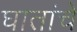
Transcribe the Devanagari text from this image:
घातांचे